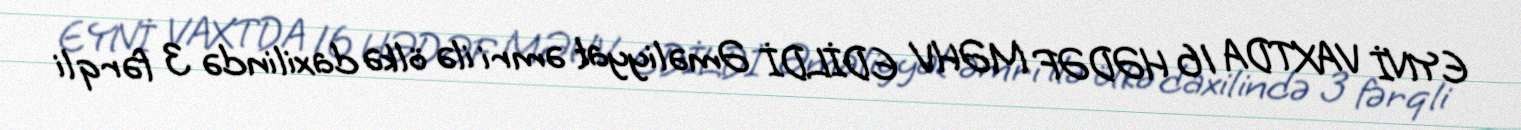
EYNİ VAXTDA 16 HƏDƏF MƏHV EDİLDİ Əməliyyat əmri ilə ölkə daxilində 3 fərqli